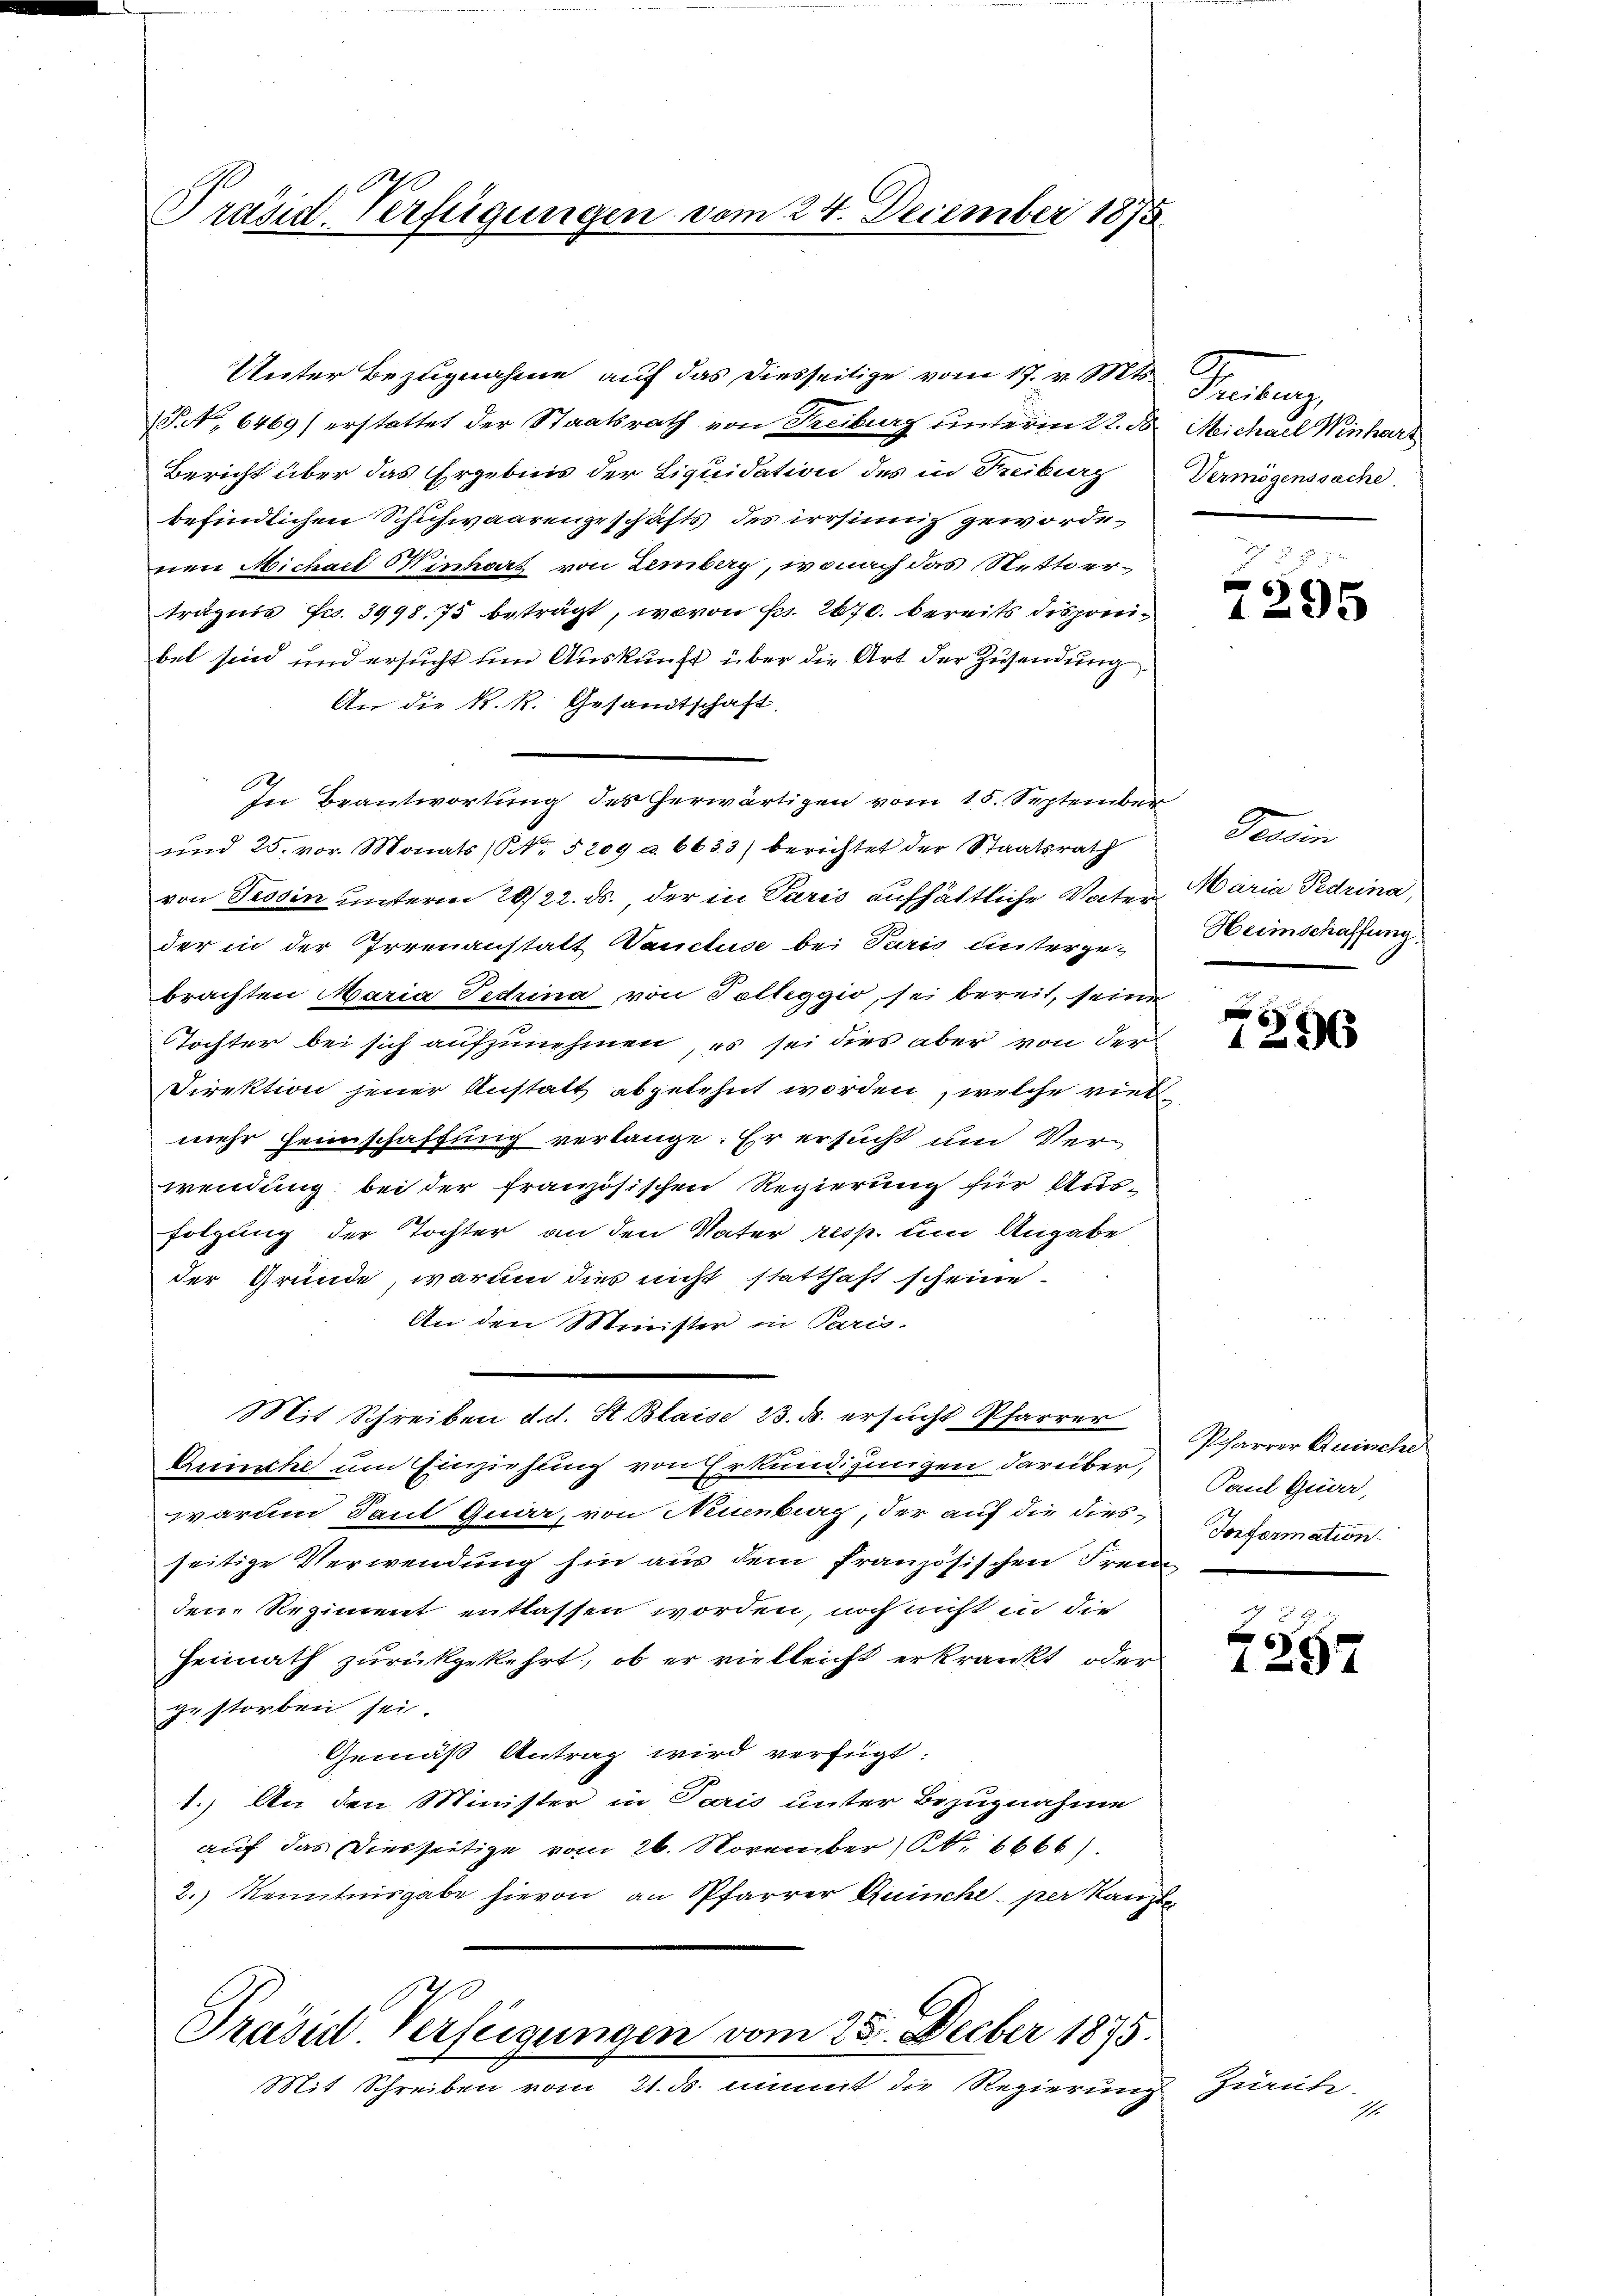
Präsid. Verfügungen vom 24. December 1875

S No 6469) erstattet der Staatsrath von Freiburg unterm 22. d. Michael Winhart
Bericht über das Ergebnis der Liquidation des in Freiburg
befindlichen Schuhwaarengeschäfts des irrsinnig gewordenen Michael inhart von Lemberg, wonach das Stetterträgnis Fr. 3998. 75 beträgt, wovon Fr. 2670. bereits disponibet sind und ersucht um Auskunft über die Art der Zusendung
An die k. k. Gesandtschaft.
In Beantwortung des herwärtigen vom 15. September
ŭnd 25. vor. Monats (Nr. 5209 u. 6633) berichtet der Staatsrath
von Tessin unterm 20./22. ds., der in Paris aufhältliche Vater
der in der Irrenanstatt Vancluse bei Paris unterge-
brachten Maria Tedrina von Tolleggio, sei bereit, seine
Tochter bei sich aufzunehmen, es sei dies aber von der
Direktion jener Anstatt abgelehnt worden, welche vier
mehr Heimschaffung verlange. Er ersucht und Verwendung bei der französischen Regierung für Aus-
folgung der Tochter an den Vater resp. um Angabe
der Gründe, warum dies nicht statthaft scheine
An den Minister in Paris.
Mit Schreiben d. d. St. Blaise 23. d. ersucht Pfarrer
Quncke um Einziehung von Erkundigungen darüber,
warum Sant Quar, von Neinberg, der auf die dies-
seitige Verwendung hin aus dem französischen Frei
den Regiment entlassen worden, noch nicht in die
Heimath zurückgekehrt, ob er vielleicht erkränkt oder
gestorben sei.
Gemäß Antrag wird verfügt:
1.) An den Minister in Paris unter Bezugnahme
auf das Diesseitige vom 26. November (S. 6666).
2.) Kenntnisgabe hievon an Pfarrer Quinche per Kan¬
Präsid. Verfeigungen vom 25. Decber 1875.
Mit Schreiben vom 21. ds. nimmt die Regierung zurüke

Unter Bezugnahme auf das diesseitige vom 17. v. Mts. Freiburg,

f
¬
E

Vermögenssache.

e
1295

Tessin
Maria Pedrina,
Heimschaffung

1296

Pharrer Quinche
Paul Guder,
Tonformation
e

G. B.
e
1257

I.